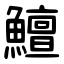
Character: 鱣